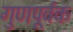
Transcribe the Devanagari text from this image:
गुणपूर्वक